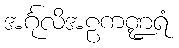
အင်္ဂုလိအဠကဏ္ဍရံ